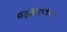
જમાલના